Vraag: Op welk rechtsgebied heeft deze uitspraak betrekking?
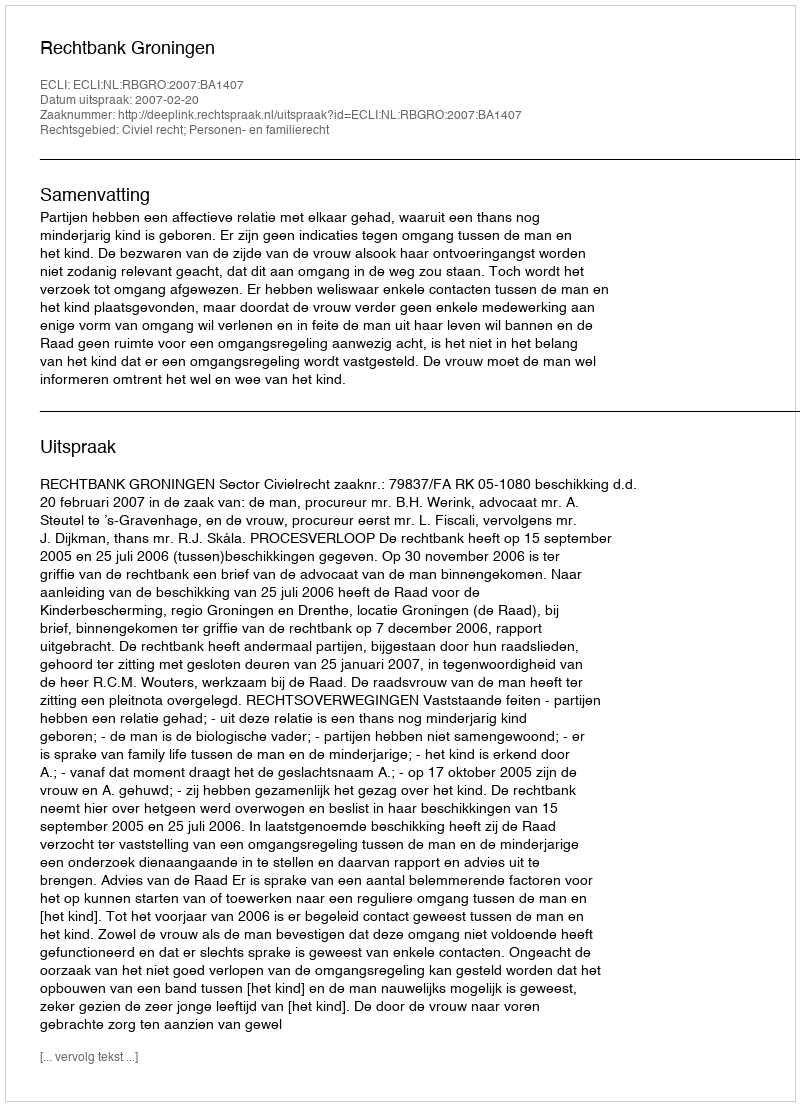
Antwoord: Civiel recht; Personen- en familierecht